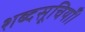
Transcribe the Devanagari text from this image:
शब्दसूचियाँ।